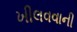
ખીલવવાની